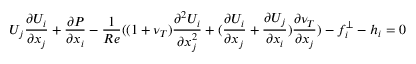
U _ { j } \frac { \partial U _ { i } } { \partial x _ { j } } + \frac { \partial P } { \partial x _ { i } } - \frac { 1 } { R e } ( ( 1 + \nu _ { T } ) \frac { \partial ^ { 2 } U _ { i } } { \partial x _ { j } ^ { 2 } } + ( \frac { \partial U _ { i } } { \partial x _ { j } } + \frac { \partial U _ { j } } { \partial x _ { i } } ) \frac { \partial \nu _ { T } } { \partial x _ { j } } ) - f _ { i } ^ { \perp } - h _ { i } = 0